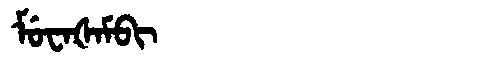
Manchu: ᠮᡠᠸᠠᡧᠠᠮᠪᡳ
Romanization: MUWAŠAMBI